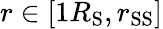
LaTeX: r\in[1R_{\mathrm{S}},r_{\mathrm{SS}}]